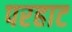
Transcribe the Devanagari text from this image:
परहाट